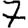
Digit: 7